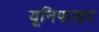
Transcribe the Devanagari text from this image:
यूनिफाइट